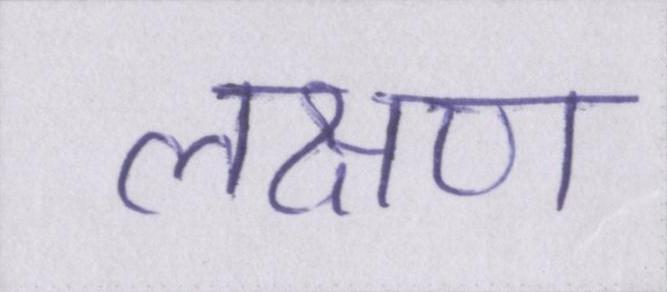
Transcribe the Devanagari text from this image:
लक्षण